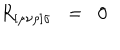
R _ { [ \mu \nu \rho ] \sigma } \; \; = \; \; 0